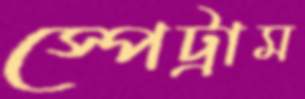
স্পেট্রাম